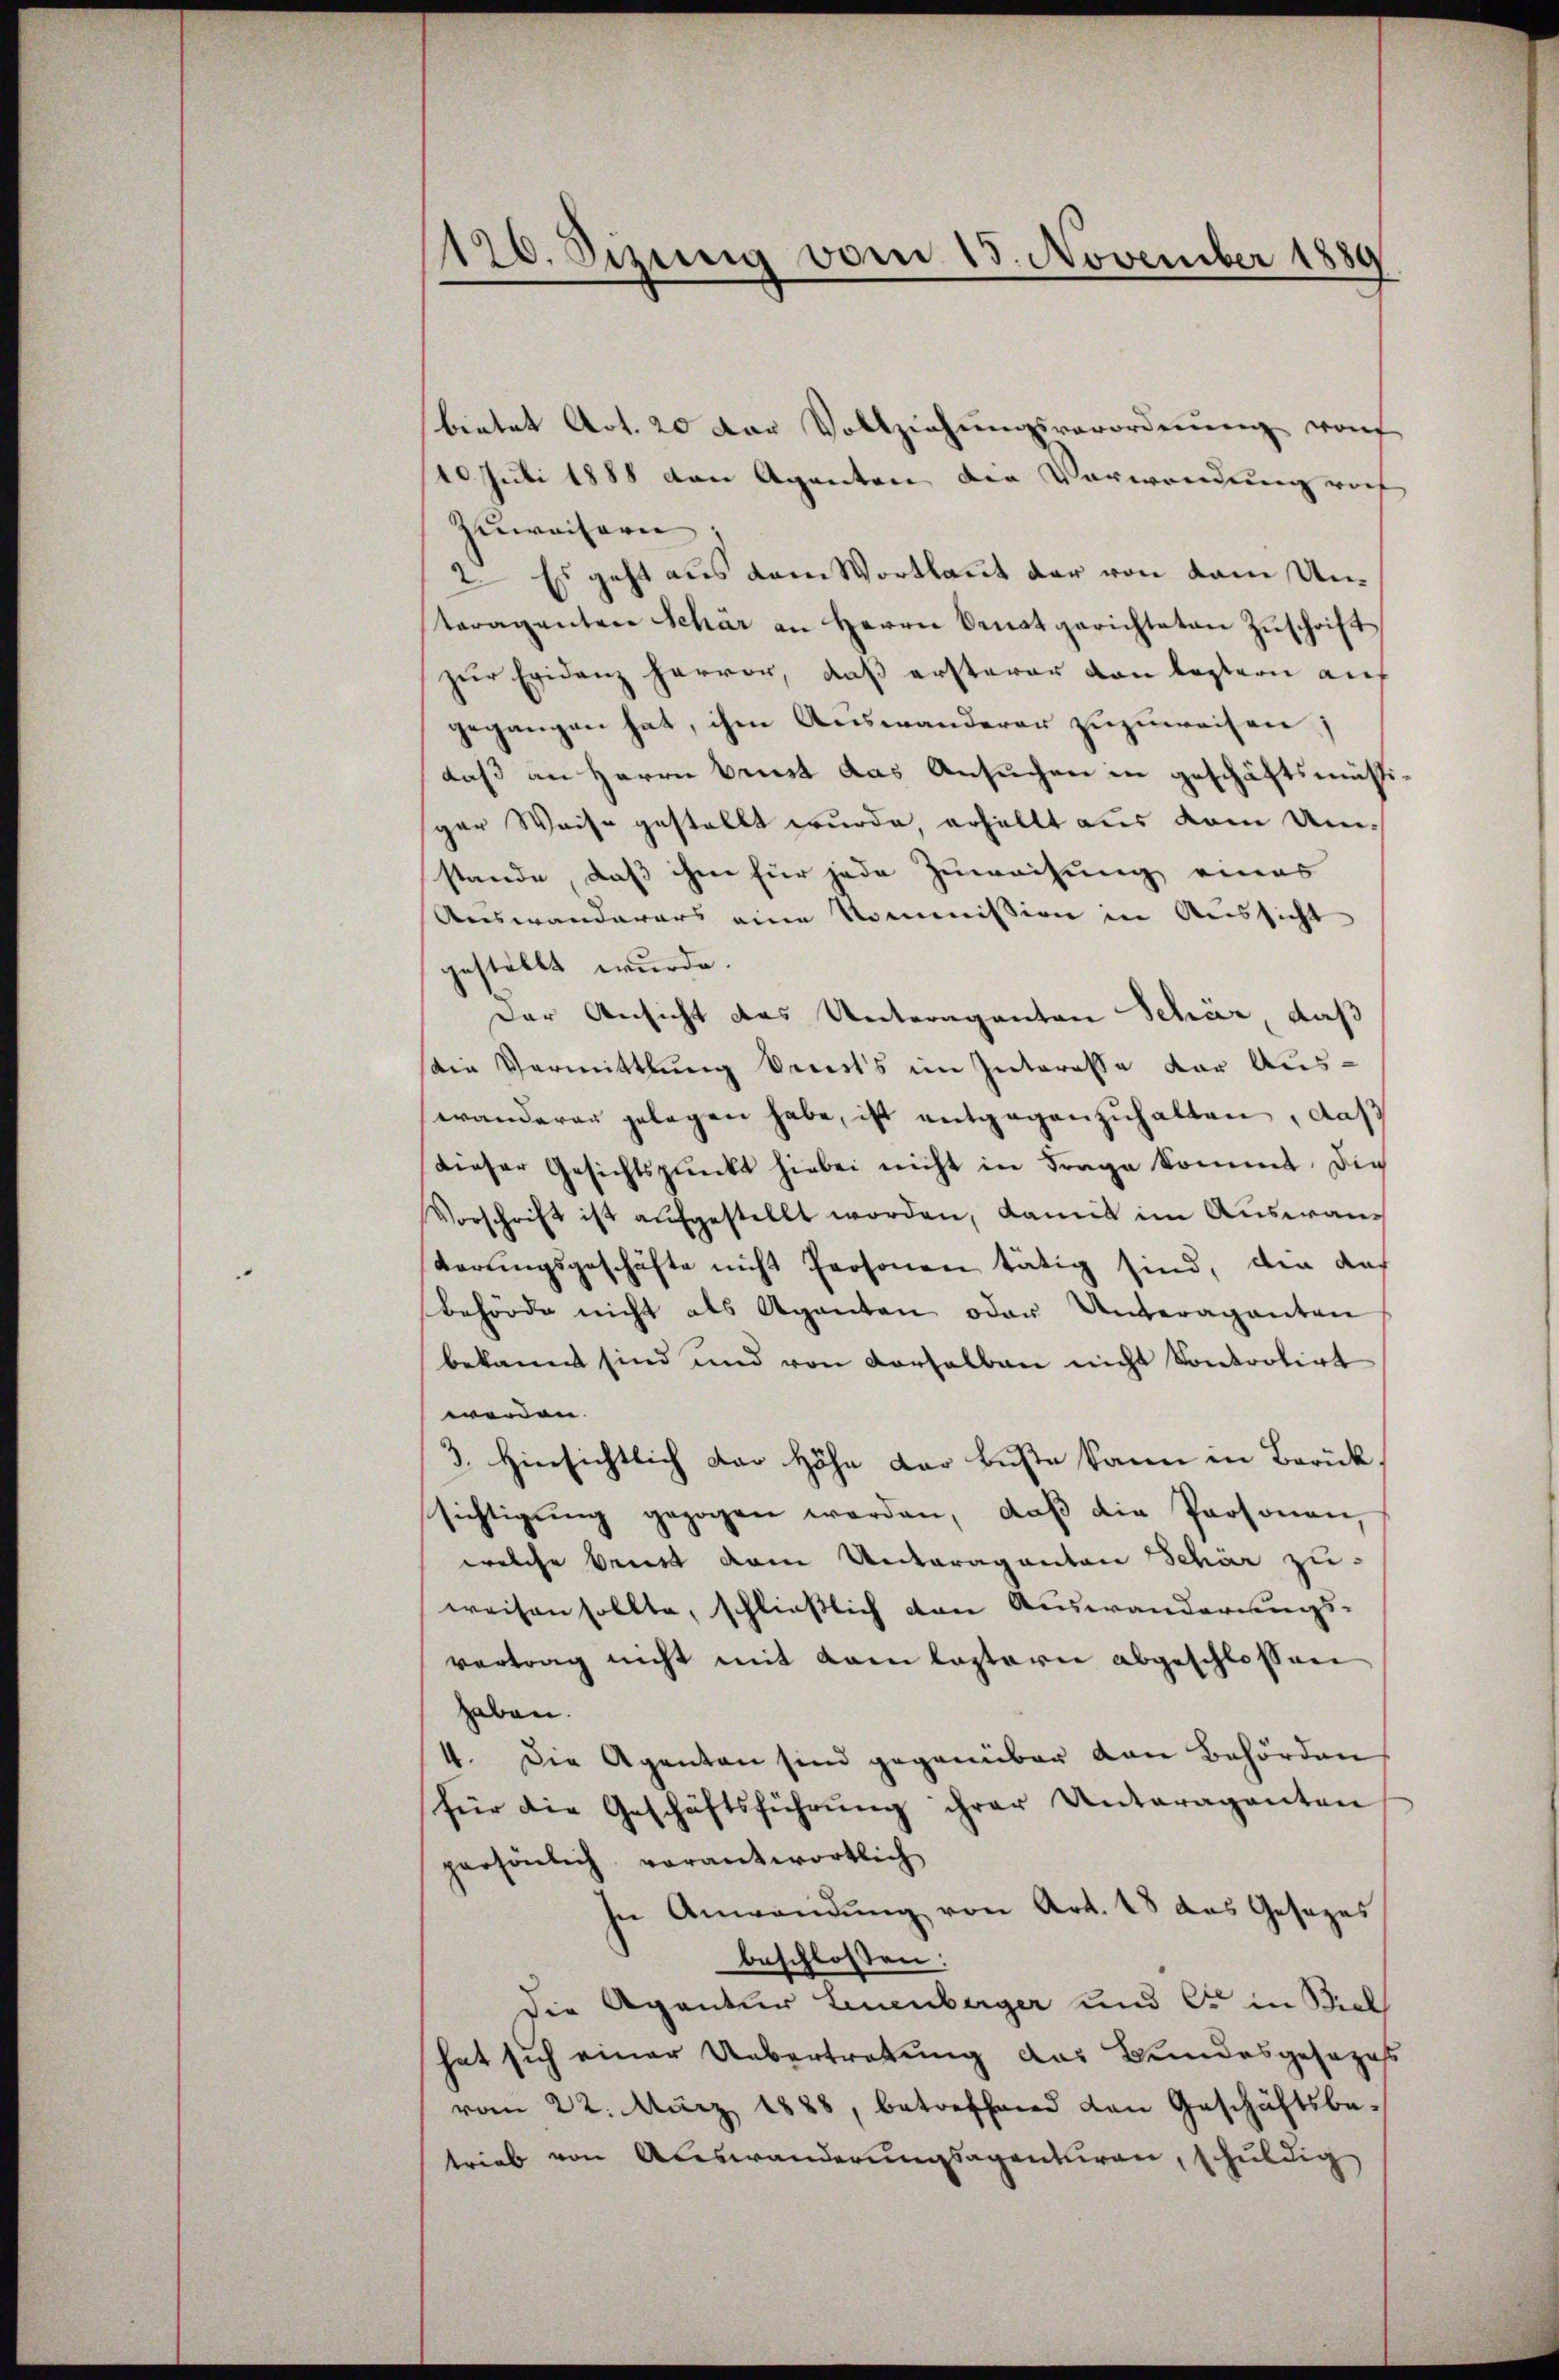
120. Sezeig vom 13. November 1880

bratet Art. 20 der Vollziehŭngsverordnŭng von
110. Juli 1888 von Agenten den Verwendung auf
Zuweisern
2. Es geht aus dem Wortlaut der von dem Untaraganten Schär an Herrn Senatgerichteten Zuschrift
zŭr Evidenz hervor, daß ersterer von lastern auf
gegangen hat, ihm Auswanderer zuzuweisen;
daß an Herrn Brust das Ansuchen in geschäftsmässispar Weise gestellt wurde, erhältt aus dem Umstande, daß ihm für jede Zuweisung eines
Auswanderars eine Kommission in Aussicht
gestellt wurde.
Der Ansicht des Unteraganten Schär, daß
die Vermittlung bereits im Interesse der Auswanderer gelegen habe, ist entgegenzŭhalten, daß
dieser Gesichtspunkt hiebei nicht in Frage kommt. Die
Vorschrift ist aŭfgestellt worden, damit im Auswan¬
Körungsgeschäfte nicht Personen tätig sind, den das
Behörde nicht als Agenten oder Unteraganten
bekannt sind und von derselben nicht Controlirt
werden.
3. Hinsichtlich der Höhe der Buße kann in Berück
sichtigŭng gezogen werden, daβ die Personen,
welche beist dem Unteraganton Schär zu-
weisen sollte, schließlich den Auswanderungs-
vertrag nicht mit kam lastern abgeschlossen
haben.
4. Die Agenten sind gegenüber den Behörden
für die Geschäftsführung ihrer Unteraganten
persönlich verantwortlich
In Anwendŭng von Art. 48 das Gesezes
beschlossen:
Die Agentur Leuenberger und er in Biel
hat sich einer Uebertretung das Bundesgesezes
vom 22. März 1888, betreffend von Geschäftsbe-
trieb von Auswanderungsagentiren, schuldig